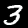
Digit: 3